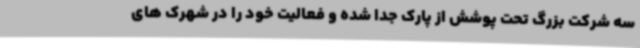
سه شرکت بزرگ تحت پوشش از پارک جدا شده و فعالیت خود را در شهرک های